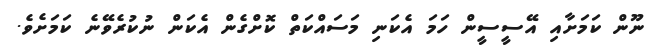
ނޫން ކަމަށާއި އޭސީސީން ހަމަ އެކަނި މަސައްކަތް ކޮށްގެން އެކަން ނުކުރެވޭނެ ކަމަށެވެ.